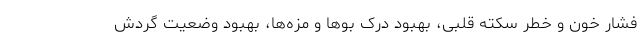
فشار خون و خطر سکته قلبی، بهبود درک بوها و مزه‌ها، بهبود وضعیت گردش